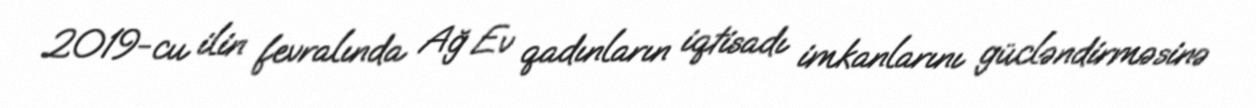
2019-cu ilin fevralında Ağ Ev qadınların iqtisadı imkanlarını gücləndirməsinə